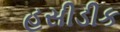
હસીડીક